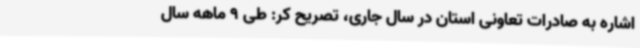
اشاره به صادرات تعاونی استان در سال جاری، تصریح کر: طی 9 ماهه سال